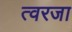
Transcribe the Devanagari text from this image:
त्वरजा